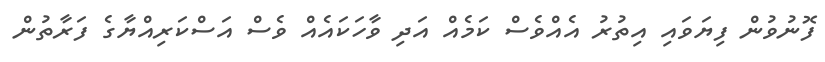
ފޮނުވުން ފިޔަވައި އިތުރު އެއްވެސް ކަމެއް އަދި ވާހަކައެއް ވެސް އަސްކަރިިއްޔާގެ ފަރާތުން